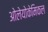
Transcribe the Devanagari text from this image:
ओलेयोकेमिकल